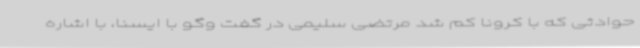
حوادثی که با کرونا کم شد مرتضی سلیمی در گفت وگو با ایسنا، با اشاره